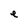
Character: e